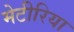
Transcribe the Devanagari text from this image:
मेटीरिया